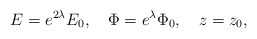
\begin{align*}E=e^{2\lambda}E_0,\quad \Phi=e^{\lambda}\Phi_0,\quad z=z_0,\end{align*}